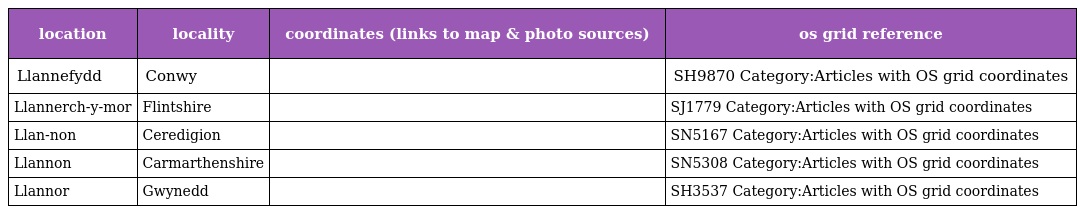
| location | locality | coordinates (links to map & photo sources) | os grid reference |
 | --- | --- | --- | --- |
 | Llannefydd | Conwy |  | SH9870 Category:Articles with OS grid coordinates |
 | Llannerch-y-mor | Flintshire |  | SJ1779 Category:Articles with OS grid coordinates |
 | Llan-non | Ceredigion |  | SN5167 Category:Articles with OS grid coordinates |
 | Llannon | Carmarthenshire |  | SN5308 Category:Articles with OS grid coordinates |
 | Llannor | Gwynedd |  | SH3537 Category:Articles with OS grid coordinates |